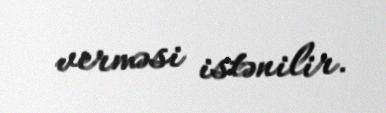
verməsi istənilir.